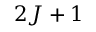
2 J + 1